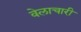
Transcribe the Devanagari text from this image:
वेलाचारी